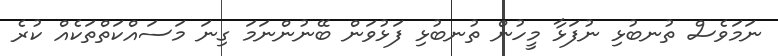
ނަމަވެސް ތުނބުޅި ނުފަޅާ މީހުން ތުނބުޅި ފަޅުވަން ބޭނުންނަމަ ގިނަ މަސައްކަތްތަކެއް ކުރެ